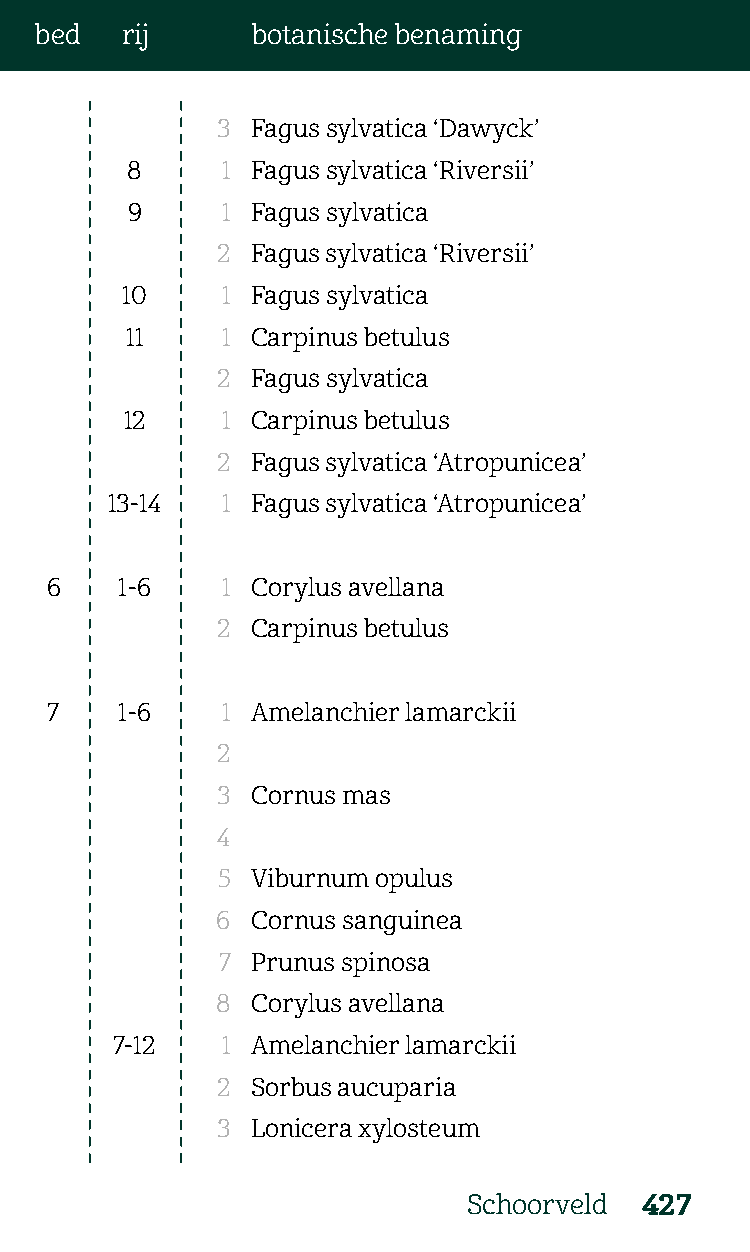
bed   rij      botanische benaming
 3  Fagus sylvatica ‘Dawyck’
 8      1 Fagus sylvatica ‘Riversii’
 9      1 Fagus sylvatica
 2  Fagus sylvatica ‘Riversii’
 10     1 Fagus sylvatica
 11     1 Carpinus betulus
 2  Fagus sylvatica
 12     1 Carpinus betulus
 2  Fagus sylvatica ‘Atropunicea’
 13-14   1 Fagus sylvatica ‘Atropunicea’
 6    1-6    1 Corylus avellana
 2  Carpinus betulus
 7    1-6    1 Amelanchier lamarckii
 2
 3  Cornus mas
 4
 5  Viburnum opulus
 6  Cornus sanguinea
 7  Prunus spinosa
 8  Corylus avellana
 7-12    1 Amelanchier lamarckii
 2  Sorbus aucuparia
 3  Lonicera xylosteum
 Schoorveld 427